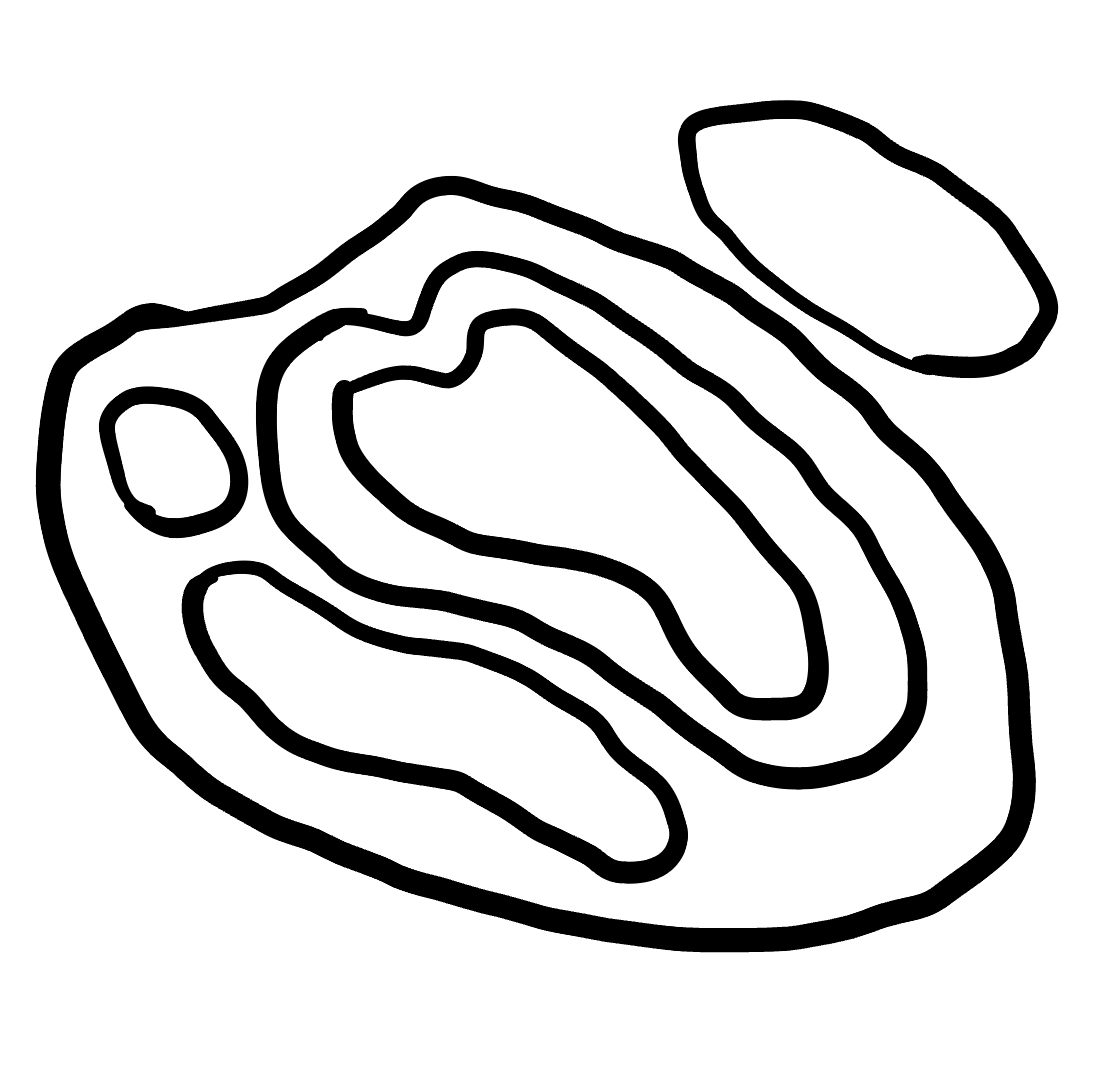
Number of regions (including the outer root region): 7
Containment tree edges (parent, child): 0, 1, 0, 6, 1, 2, 1, 3, 1, 4, 4, 5